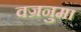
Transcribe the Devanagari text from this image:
वज्रनुमा